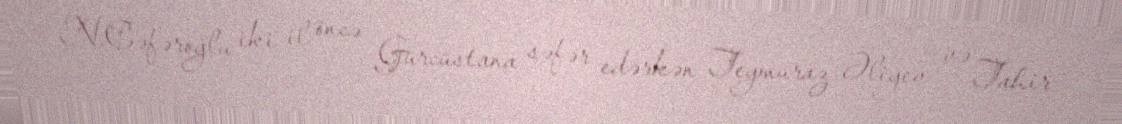
N.Cəfəroğlu iki il öncə Gürcüstana səfər edərkən Teymuraz Əliyev və Tahir